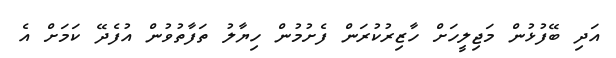
އަދި ބޭފުޅުން މަޖިލީހަށް ހާޒިރުކުރަން ފެށުމުން ހިޔާލު ތަފާތުވުން އުފެދޭ ކަމަށް އެ